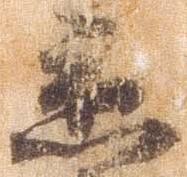
応